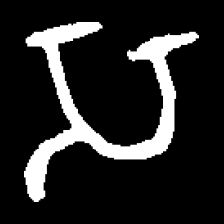
Pyu character \u2014 Myanmar letter: သ (romanized: sa)